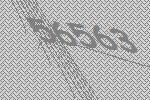
56563